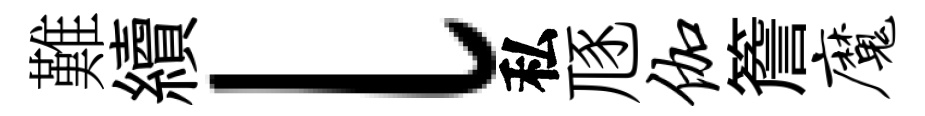
難續l私豗伽簷魔